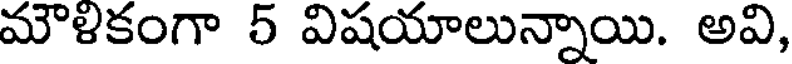
మౌళికంగా 5 విషయాలున్నాయి. అవి,